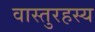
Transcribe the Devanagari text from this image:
वास्तुरहस्य